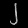
Digit: ၂